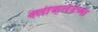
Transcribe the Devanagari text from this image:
क्लीव्हलंडच्या